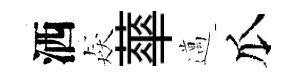
洒猋蕐邁瓜